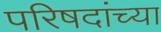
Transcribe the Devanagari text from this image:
परिषदांच्या